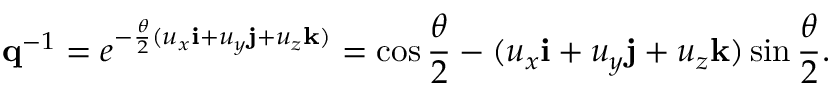
\mathbf { q } ^ { - 1 } = e ^ { - { \frac { \theta } { 2 } } { ( u _ { x } \mathbf { i } + u _ { y } \mathbf { j } + u _ { z } \mathbf { k } ) } } = \cos { \frac { \theta } { 2 } } - ( u _ { x } \mathbf { i } + u _ { y } \mathbf { j } + u _ { z } \mathbf { k } ) \sin { \frac { \theta } { 2 } } .